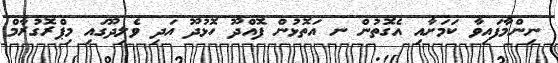
ނިންމާފައިވާ ކަމަށާއި އެގޮތުން ނ އަތޮޅުން ފޮއްދޫ ހޮޅުދޫ އަދި ވެލިދޫގައި މިޕްރޮގުރާމް